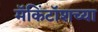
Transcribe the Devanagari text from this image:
मॅकिंटॉशच्या